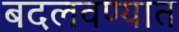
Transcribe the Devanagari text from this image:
बदलवण्यात